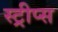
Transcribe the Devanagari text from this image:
स्ट्रीप्स